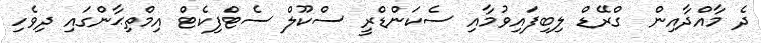
ދެ މާއްދާއިން  ގްރޭޑް ލިބިފައިވުމާއި ސެކަންޑްރީ ސްކޫލް ސެޓްފިކެޓް އިމްތިޙާންގައި ދިވެހި